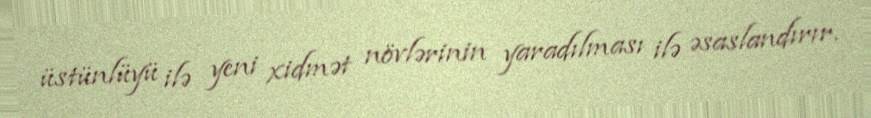
üstünlüyü ilə yeni xidmət növlərinin yaradılması ilə əsaslandırır.